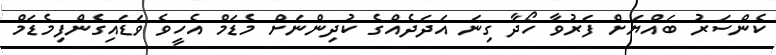
ކެންސަރު ބައްޔަށް ފަރުވާ ހޯދާ ގިނަ އަދަދެއްގެ ކުދިންނަށް މެޑަމް އެހީވެ ވަޑައިގެންފިމެޑަމް